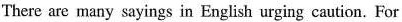
There are many sayings in English uring caution.For